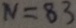
N = 8 3